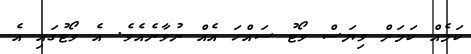
ކަމެއް ކަމަށް ވިޔަސް ވޯޓު ސައްހަ އެއް ނުވާނެއެވެ. އެ ވޯޓުގައި އެ